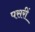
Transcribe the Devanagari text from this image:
पसरीं